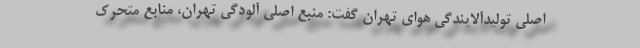
اصلی تولیدآلایندگی هوای تهران گفت: منبع اصلی آلودگی تهران، منابع متحرک